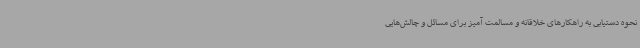
نحوه دستیابی به راهکارهای خلاقانه و مسالمت آمیز برای مسائل و چالش‌هایی